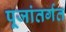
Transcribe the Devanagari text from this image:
पूजांतर्गत